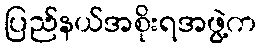
ပြည်နယ်အစိုးရအဖွဲ့က